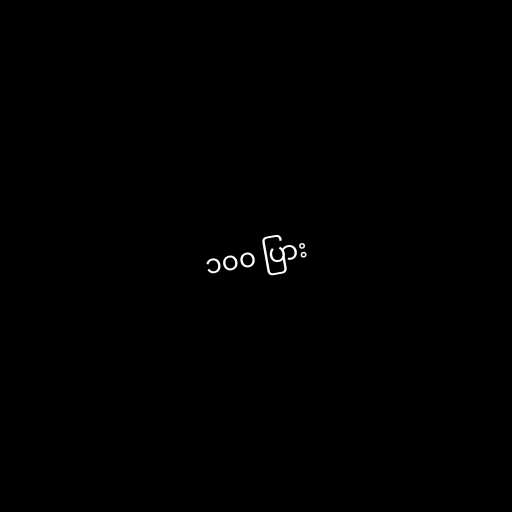
၁၀၀ ပြား